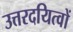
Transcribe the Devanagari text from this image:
उत्तरदयित्वों